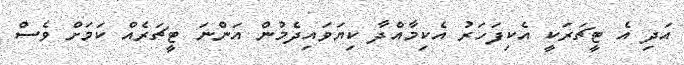
އަދި އެ ޓީޗަރަކީ އެކިފަހަރު އެކިމާއްދާ ކިޔަވައިދެމުން އަންނަ ޓީޗަރެއް ކަމަށް ވެސް